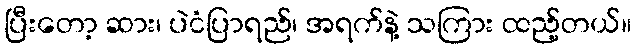
ပြီးတော့ ဆား၊ ပဲငံပြာရည်၊ အရက်နဲ့ သကြား ထည့်တယ်။